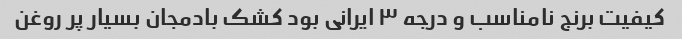
کیفیت برنج نامناسب و درجه ٣ ایرانی بود کشک بادمجان بسیار پر روغن